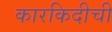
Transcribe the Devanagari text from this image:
कारकिदीची